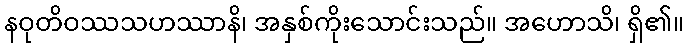
နဝုတိဝဿသဟဿာနိ၊ အနှစ်ကိုးသောင်းသည်။ အဟောသိ၊ ရှိ၏။